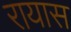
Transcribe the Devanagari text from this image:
रायास